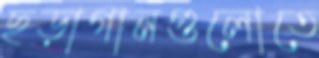
ছড়াগানগুলোতে